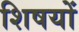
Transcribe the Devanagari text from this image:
शिषयों